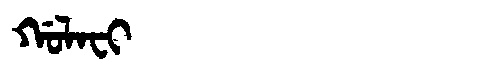
Manchu: ᡤᠣᠯᠠᠸᡳ
Romanization: GOLAFI